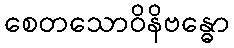
စေတသောဝိနိဗန္ဓော